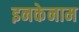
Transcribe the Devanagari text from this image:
इनकेनाम